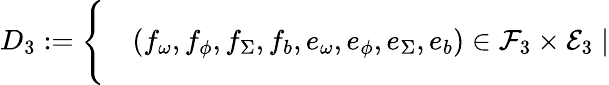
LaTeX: \begin{array}{rl}{D_{3}:=\Bigg\{ }&{{}(f_{\omega},f_{\phi},f_{\Sigma},f_{b},e_{\omega},e_{\phi},e_{\Sigma},e_{b})\in\mathcal{F}_{3}\times\mathcal{E}_{3}\mid}\end{array}